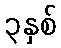
၃နှစ်